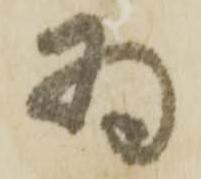
為